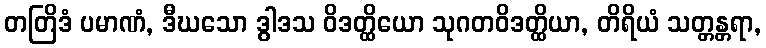
တတြိဒံ ပမာဏံ, ဒီဃသော ဒွါဒသ ဝိဒတ္ထိယော သုဂတဝိဒတ္ထိယာ, တိရိယံ သတ္တန္တရာ,